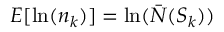
E [ \ln ( n _ { k } ) ] = \ln ( \bar { N } ( S _ { k } ) )